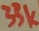
Text: 33k